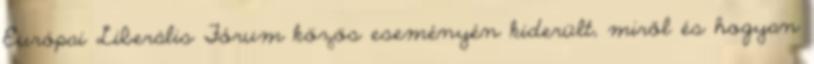
Európai Liberális Fórum közös eseményén kiderült, miről és hogyan